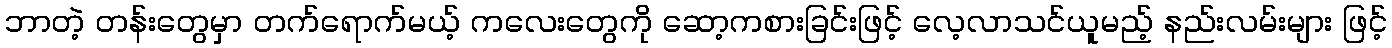
ဘာတဲ့ တန်းတွေမှာ တက်ရောက်မယ့် ကလေးတွေကို ဆော့ကစားခြင်းဖြင့် လေ့လာသင်ယူမည့် နည်းလမ်းများ ဖြင့်